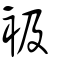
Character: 衱